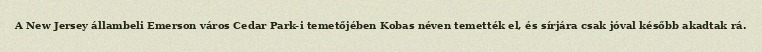
A New Jersey állambeli Emerson város Cedar Park-i temetőjében Kobas néven temették el, és sírjára csak jóval később akadtak rá.